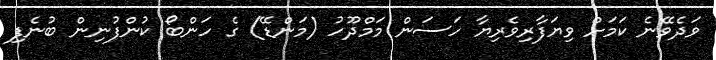
ވަދެވޭނެ ކަމަށް ވިޔަފާރިވެރިޔާ ހަސަން މަމްދޫހު (މަންޑޭ) ގެ ހަންބޯ ކުންފުނިން ބުނެފި